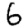
Digit: 6